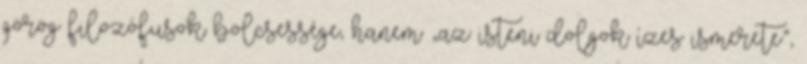
görög filozófusok bölcsessége, hanem „az isteni dolgok ízes ismerete”,